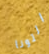
التونا